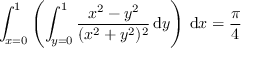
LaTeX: \int _ { x = 0 } ^ { 1 } \left( \int _ { y = 0 } ^ { 1 } { \frac { x ^ { 2 } - y ^ { 2 } } { ( x ^ { 2 } + y ^ { 2 } ) ^ { 2 } } } \, { \mathrm { d } } y \right) \, { \mathrm { d } } x = { \frac { \pi } { 4 } }